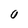
Character: 0